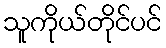
သူကိုယ်တိုင်ပင်